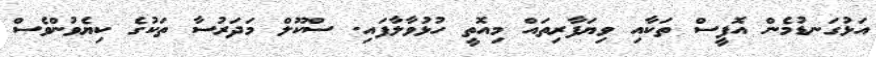
އަޅުގަނޑުމެން އޮފީސް ތަކާއި ވިޔަފާރިތައް މިއޮތީ ހުޅުވާލާފައި. ސްކޫލް މަދަރުސާ ތަކުގެ ކިޔެވުންވެސް